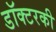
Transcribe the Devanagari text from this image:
डॉक्टरकी